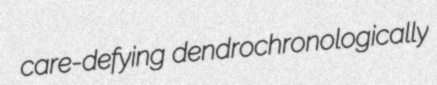
care-defying dendrochronologically